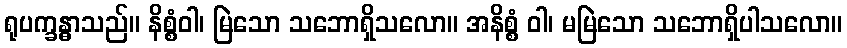
ရုပက္ခန္ဓာသည်။ နိစ္စံဝါ၊ မြဲသော သဘောရှိသလော။ အနိစ္စံ ဝါ၊ မမြဲသော သဘောရှိပါသလော။